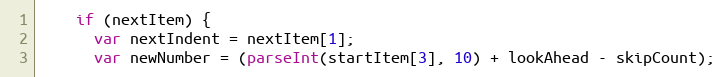
Language: JavaScript
    if (nextItem) {
      var nextIndent = nextItem[1];
      var newNumber = (parseInt(startItem[3], 10) + lookAhead - skipCount);